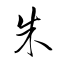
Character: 朱